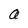
Character: a